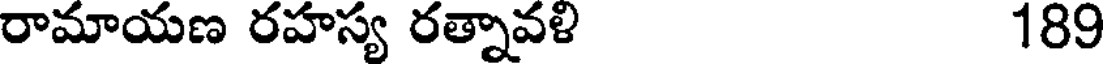
రామాయణ రహస్య రత్నావళి 189